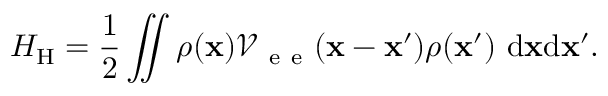
H _ { \mathrm { H } } = \frac { 1 } { 2 } \iint \rho ( { \bf x } ) \mathcal { V } _ { \mathrm { ~ e ~ e ~ } } ( { \bf x } - { \bf x } ^ { \prime } ) \rho ( { \bf x } ^ { \prime } ) \ \mathrm { d } { \bf x } \mathrm { d } { \bf x } ^ { \prime } .